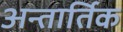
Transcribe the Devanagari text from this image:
अन्तार्तिक